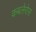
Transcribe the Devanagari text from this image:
कबलेरोस